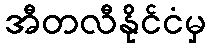
အီတလီနိုင်ငံမှ